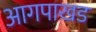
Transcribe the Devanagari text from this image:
आगपाखड